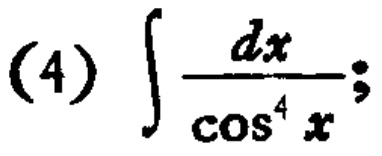
(4) \(\int \frac{dx}{\cos^{4} x}\);